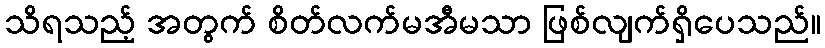
သိရသည့် အတွက် စိတ်လက်မအီမသာ ဖြစ်လျက်ရှိပေသည်။